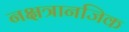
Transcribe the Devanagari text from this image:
नक्षत्रानजिक